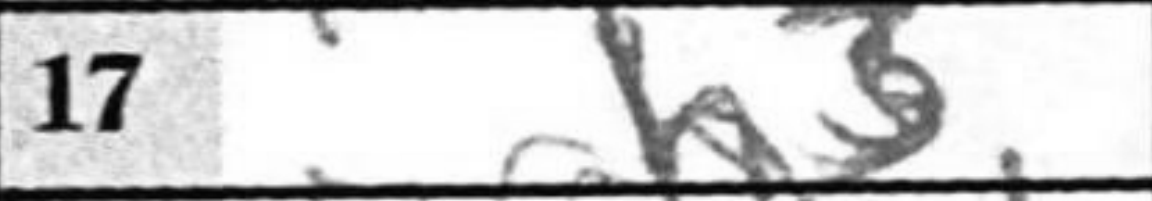
Transcription: h3